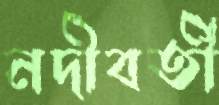
নদীবর্তী